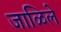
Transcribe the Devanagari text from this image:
जाळिले